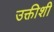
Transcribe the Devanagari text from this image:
उक्तीशी